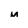
Character: m